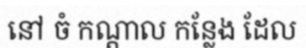
នៅ ចំ កណ្តាល កន្លែង ដែល